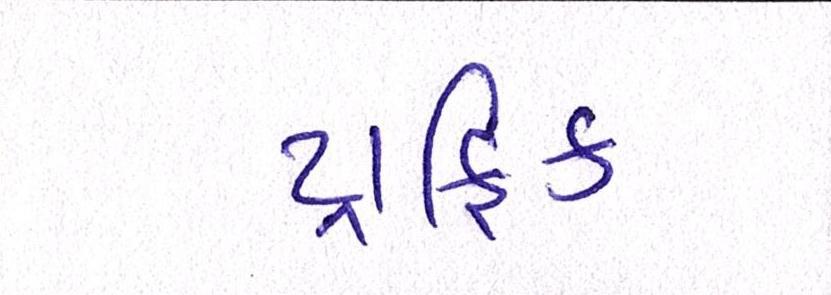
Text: ટ્રાફિક